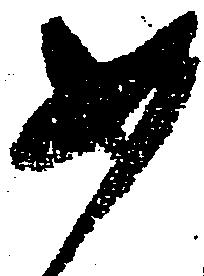
如